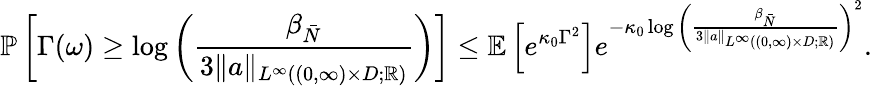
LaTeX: \mathbb{P}\left[\Gamma(\omega)\geq\log\left(\frac{\beta_{\bar{N}}}{3\| a\| _{L^{\infty}((0,\infty)\times D;\mathbb{R})}}\right)\right]\leq\mathbb{E}\left[e^{\kappa_{0}\Gamma^{2}}\right]e^{-\kappa_{0}\log\left(\frac{\beta_{\bar{N}}}{3\| a\| _{L^{\infty}((0,\infty)\times D;\mathbb{R})}}\right)^{2}}.